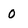
Character: 0